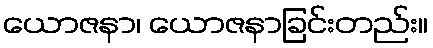
ယောဇနာ၊ ယောဇနာခြင်းတည်း။